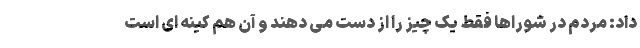
داد: مردم در شوراها فقط یک چیز را از دست می دهند و آن هم کینه ای است